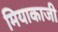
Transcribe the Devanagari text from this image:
मियाकाजी